65_HS1-834228961_62-HQ-83894_Section_5
Agency: FBI
Page 110
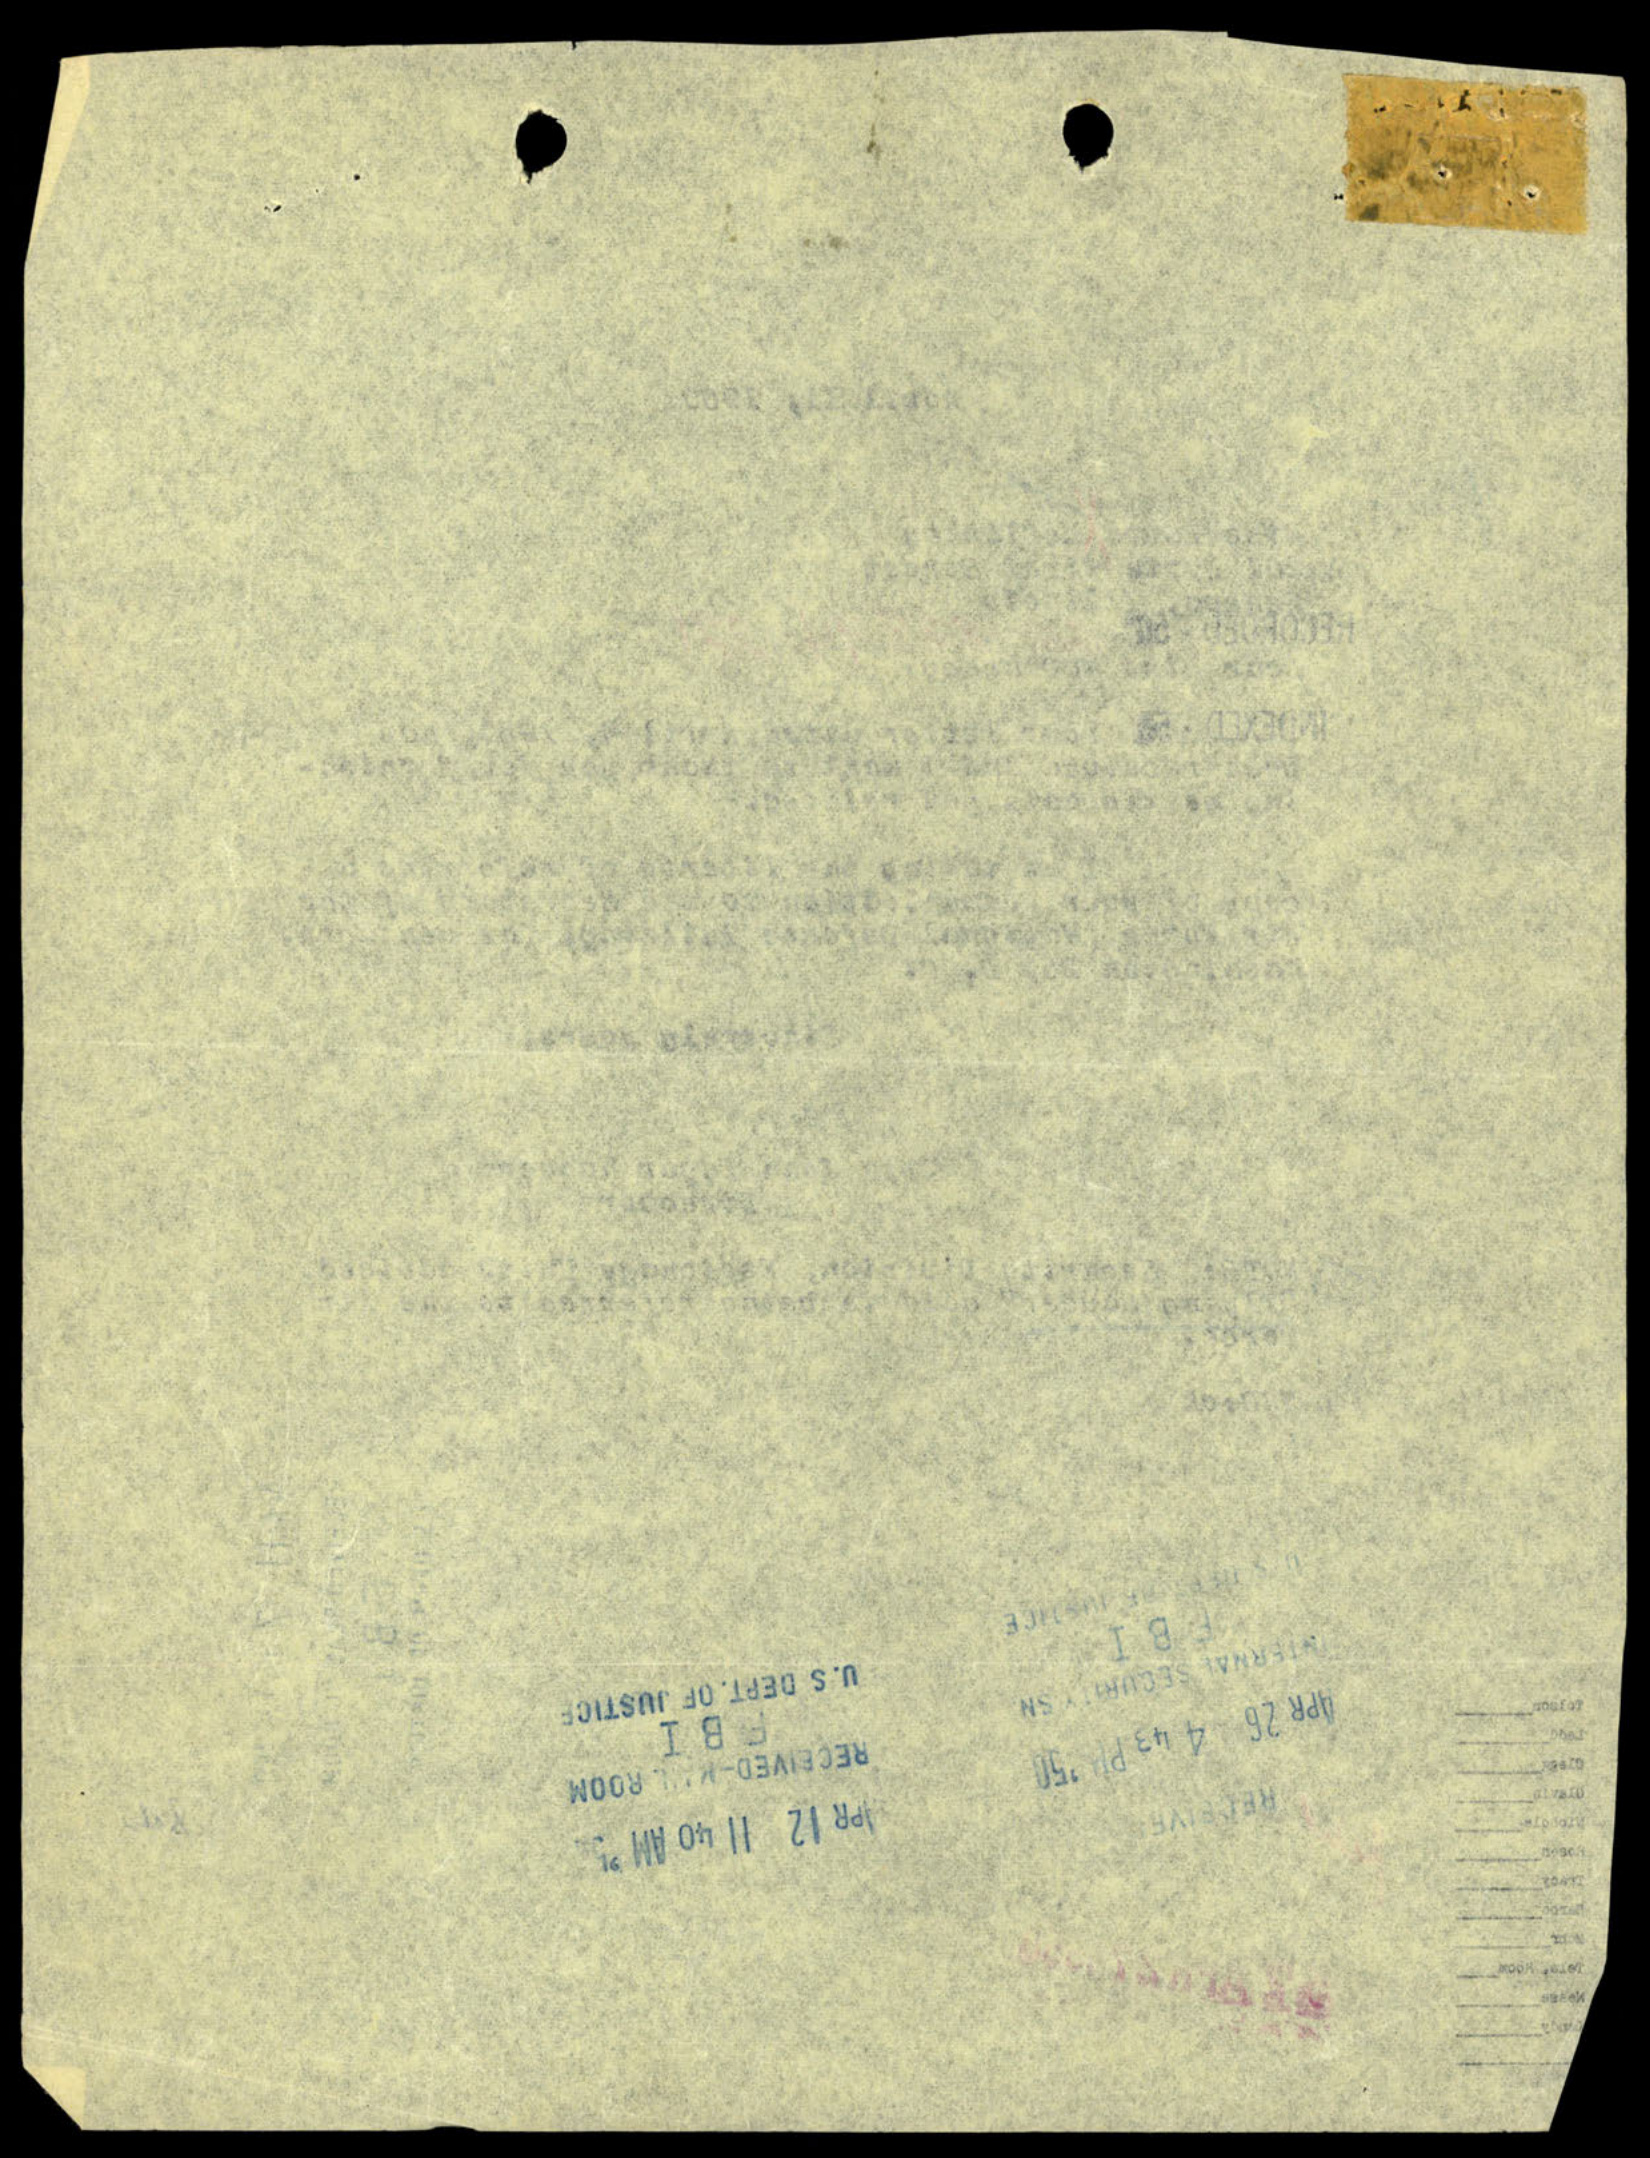